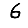
Digit: 6